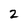
Character: 2